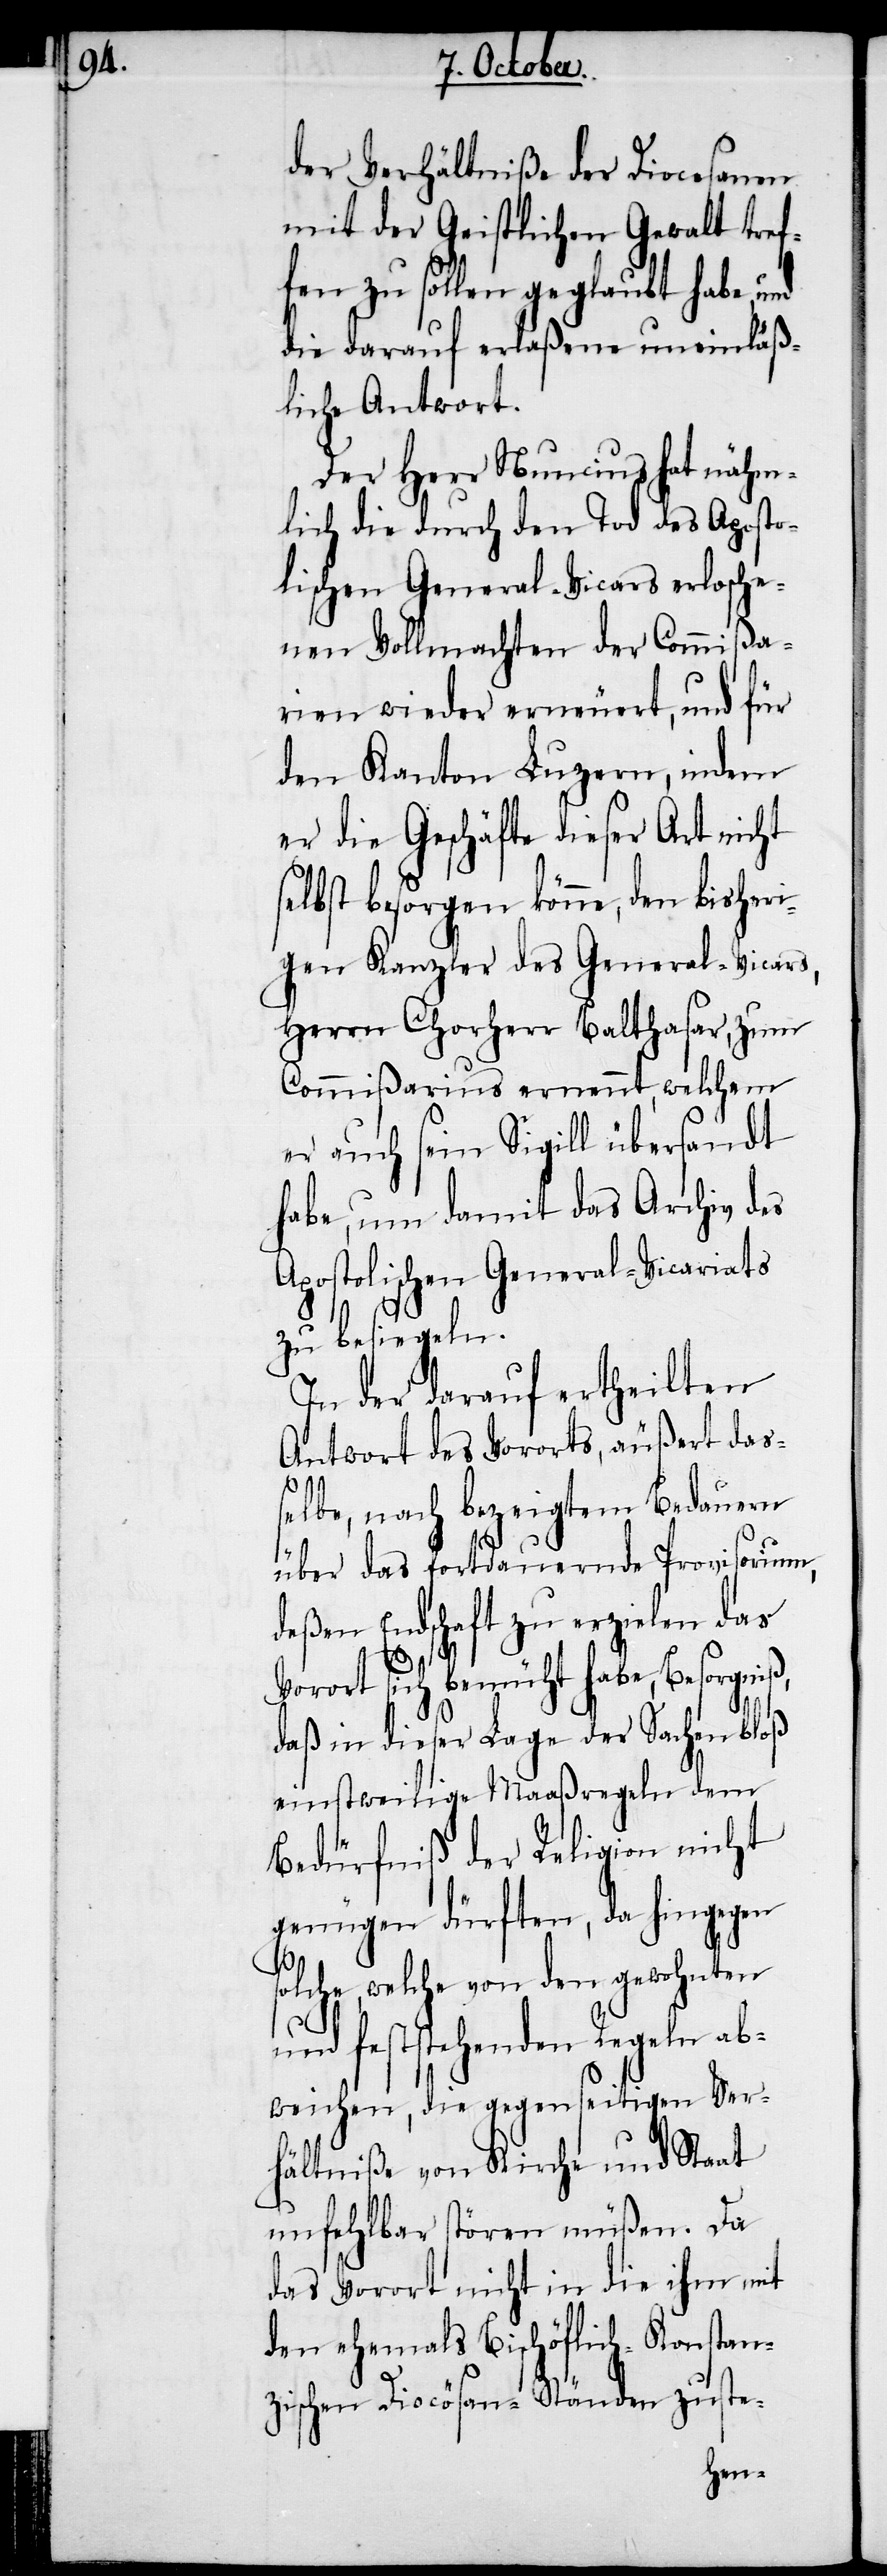
der Verhältniße der Diocesanen
mit der Geistlichen Gewalt tref¬
fen zu sollen geglaubt habe,
die darauf erlaßene uneinläß¬
liche Antwort.
Der Herr Nuncius hat nähm¬
lich die durch den Tod des Aposto¬
lischen General-Vicars erlosche¬
nen Vollmachten der Commißa¬
rien wieder erneuert, und für
den Kanton Luzern, indem
er die Geschäfte dieser Art nicht
selbst besorgen könne, den bisheri¬
gen Kanzler des General-Vicars,
Herrn Chorherr Balthasar, zum
Commißarius ernennt, welchem
er auch sein Sigill übersandt
habe, um damit das Archiv des
Apostolischen General-Vicariats
zu besiegeln.
In der darauf ertheilten
Antwort des Vororts, äußert das¬
selbe, nach bezeigtem Bedauern
über das fortdauernde Provisorium,
deßen Endschaft zu erzielen das
Vorort sich bemüht habe, Besorgniß,
daß in dieser Lage der Sachen bloß
einstweilige Maaßregeln dem
Bedürfniß der Religion nicht
genügen dürften, da hingegen
solche, welche von den gewohnten
und feststehenden Regeln ab¬
weichen, die gegenseitigen Ver¬
hältniße von Kirche und Staat
unfehlbar stören müßen. Da
das Vorort nicht in die ihm mit
den ehemals Bischöflich-Konstan¬
zischen Diocösan-Ständen zuste-